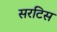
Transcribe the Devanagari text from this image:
सरटिस